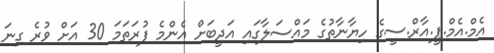
އެމް.އެމް.ޕީ.އާރް.ސީގެ ހިޔާނާތުގެ މައްސަލާގައި އަދީބަށް އެންމެ ފުރަތަމަ 30 އަށް ވުރެ ގިނަ